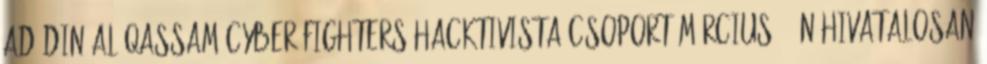
ad-Din al-Qassam Cyber Fighters hacktivista csoport március 5-én hivatalosan